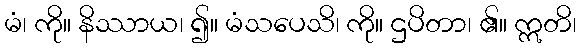
မံ၊ ကို။ နိဿာယ၊ ၍။ မံသပေသိ၊ ကို။ ဌပိတာ၊ ၏။ ဣတိ၊